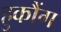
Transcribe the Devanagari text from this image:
हुकौंग